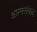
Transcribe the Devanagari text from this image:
आत्मसंवाद